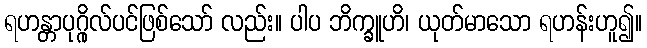
ရဟန္တာပုဂ္ဂိုလ်ပင်ဖြစ်သော် လည်း။ ပါပ ဘိက္ခူဟိ၊ ယုတ်မာသော ရဟန်းဟူ၍။